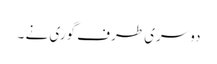
دوسری طرف گوری نے ۔